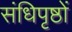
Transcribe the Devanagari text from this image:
संधिपृष्ठों